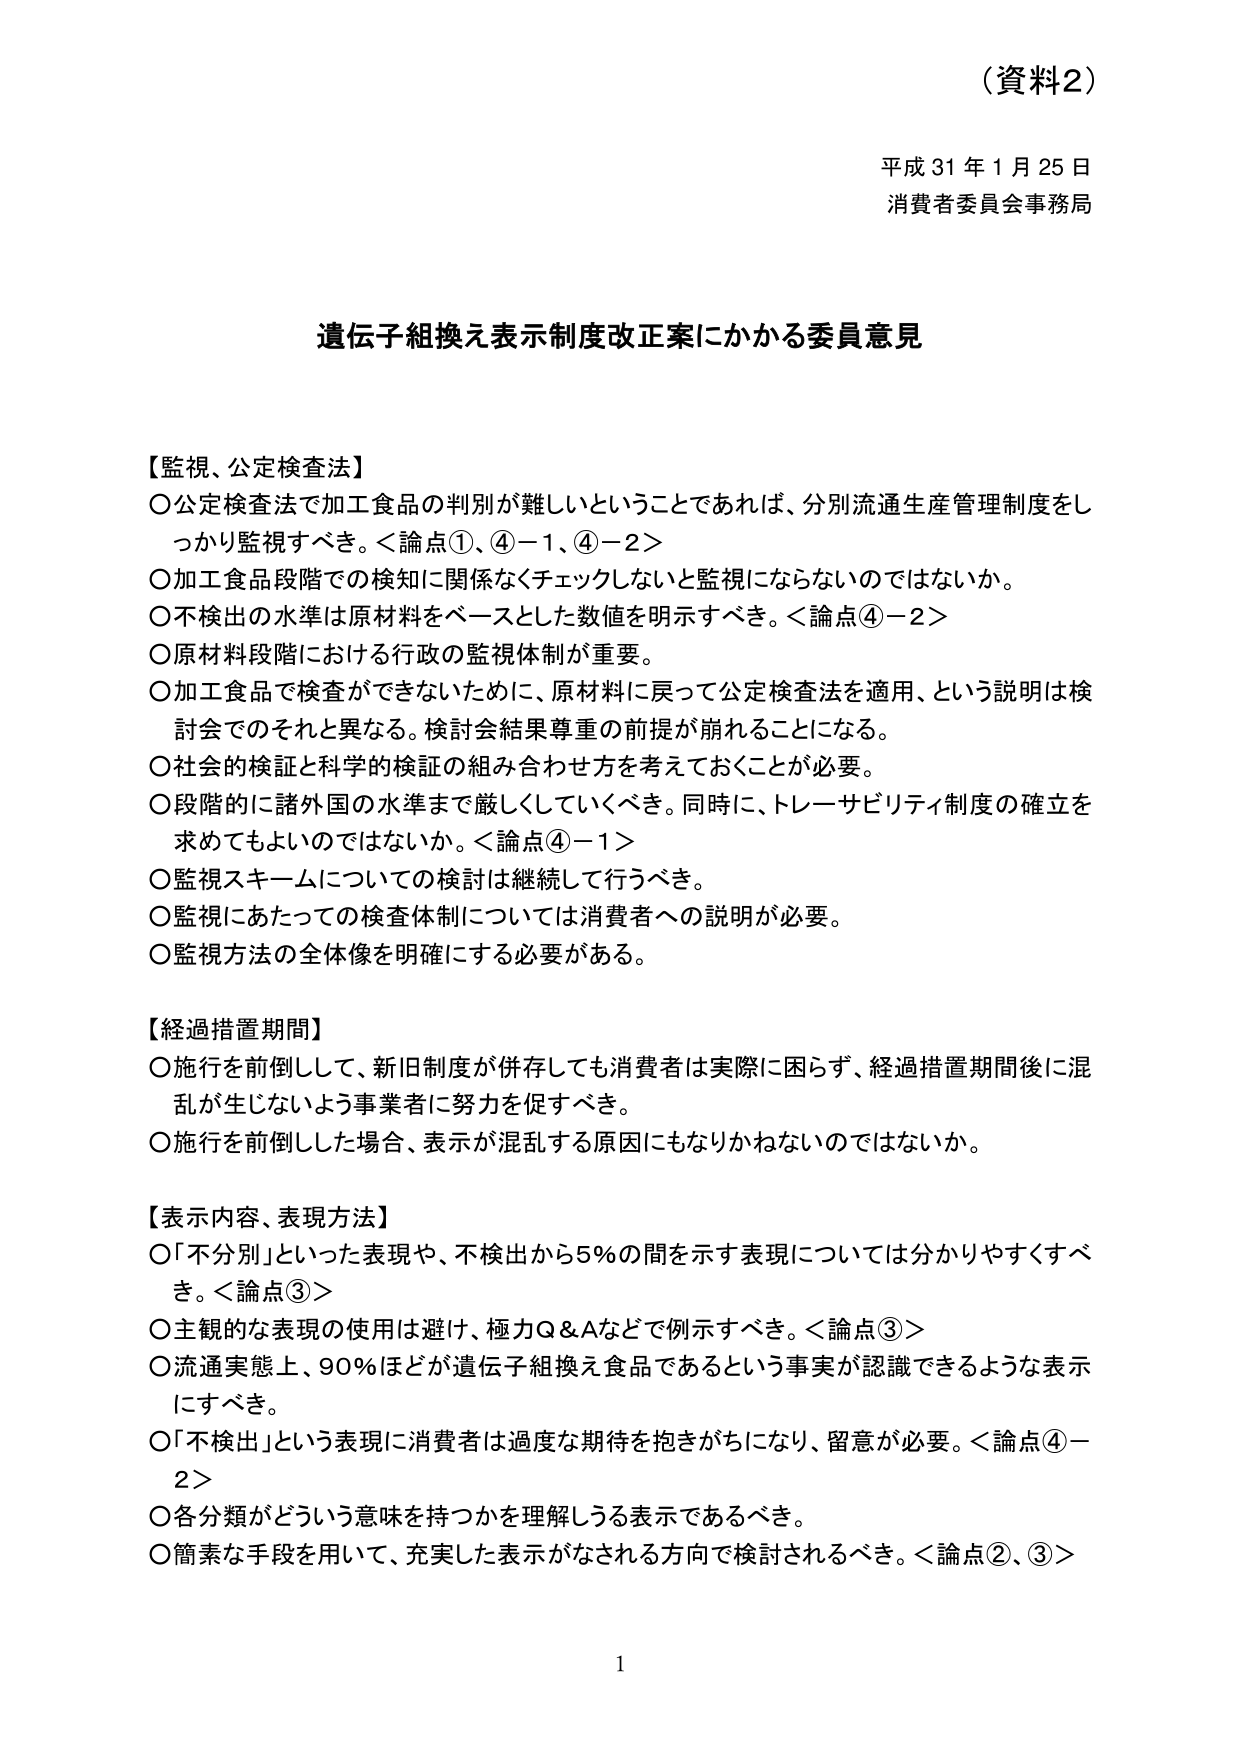
（資料2）

平成31年1月25日
消費者委員会事務局

遺伝子組換え表示制度改正案にかかる委員意見

【監視、公定検査法】
〇公定検査法で加工食品の判別が難しいということであれば、分別流通生産管理制度をしっかり監視すべき。＜論点①、④－1、④－2＞
〇加工食品段階での検知に関係なくチェックしないと監視にならないのではないか。
〇不検出の水準は原材料をベースとした数値を明示すべき。＜論点④－2＞
〇原材料段階における行政の監視体制が重要。
〇加工食品で検査ができないために、原材料に戻って公定検査法を適用、という説明は検討会でのそれと異なる。検討会結果尊重の前提が崩れることになる。
〇社会的検証と科学的検証の組み合わせ方を考えておくことが必要。
〇段階的に諸外国の水準まで厳しくしていくべき。同時に、トレーサビリティ制度の確立を求めてもよいのではないか。＜論点④－1＞
〇監視スキームについての検討は継続して行うべき。
〇監視にあたっての検査体制については消費者への説明が必要。
〇監視方法の全体像を明確にする必要がある。

【経過措置期間】
〇施行を前倒しして、新旧制度が併存しても消費者は実際に困らず、経過措置期間後に混乱が生じないよう事業者に努力を促すべき。
〇施行を前倒した場合、表示が混乱する原因にもなりかねないのではないか。

【表示内容、表現方法】
〇「不分別」といった表現や、不検出から5％の間を示す表現については分かりやすくすべき。＜論点③＞
〇主観的な表現の使用は避け、極力Q＆Aなどで例示すべき。＜論点③＞
〇流通実態上、90％ほどが遺伝子組換え食品であるという事実が認識できるような表示にすべき。
〇「不検出」という表現に消費者は過度な期待を抱きがちになり、留意が必要。＜論点④－2＞
〇各分類がどういう意味を持つかを理解しうる表示であるべき。
〇簡素な手段を用いて、充実した表示がなされる方向で検討されるべき。＜論点②、③＞

1